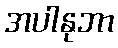
အပါနုဘာ